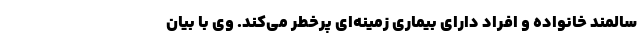
سالمند خانواده و افراد دارای بیماری زمینه‌ای پرخطر می‌کند. وی با بیان